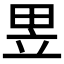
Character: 𤱗